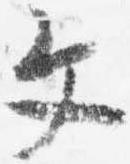
文